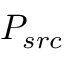
P _ { s r c }